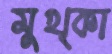
মুখ্কা